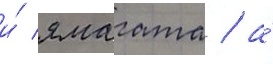
и́ ямагата / а́